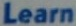
Learn